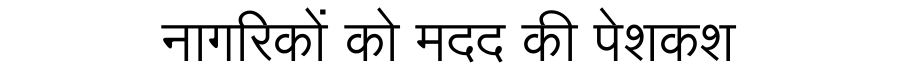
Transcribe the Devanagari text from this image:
नागरिकों को मदद की पेशकश